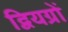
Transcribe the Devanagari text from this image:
द्वियग्रों